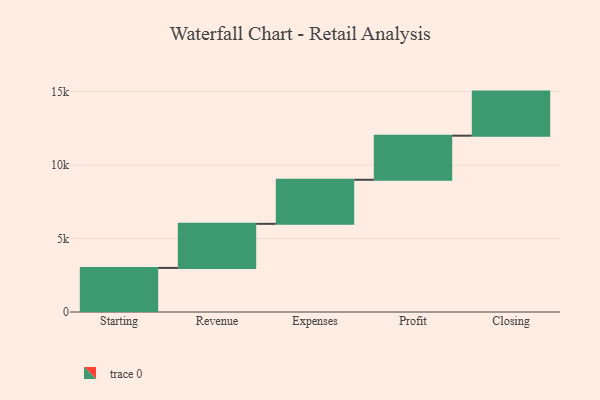
{"axis": {"x": "Step", "y": "Value"}, "legend": [""], "data": [{"x": "Starting", "y": 3000, "type": ""}, {"x": "Revenue", "y": 3000, "type": ""}, {"x": "Expenses", "y": 3000, "type": ""}, {"x": "Profit", "y": 3000, "type": ""}, {"x": "Closing", "y": 3000, "type": ""}]}